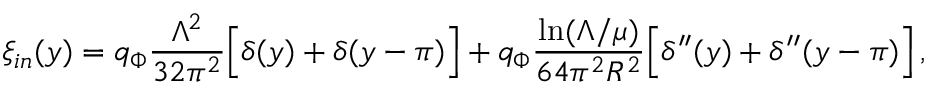
\xi _ { i n } ( y ) = q _ { \Phi } \frac { \Lambda ^ { 2 } } { 3 2 \pi ^ { 2 } } \Big [ \delta ( y ) + \delta ( y - \pi ) \Big ] + q _ { \Phi } \frac { \ln ( \Lambda / \mu ) } { 6 4 \pi ^ { 2 } R ^ { 2 } } \Big [ \delta ^ { \prime \prime } ( y ) + \delta ^ { \prime \prime } ( y - \pi ) \Big ] \, ,